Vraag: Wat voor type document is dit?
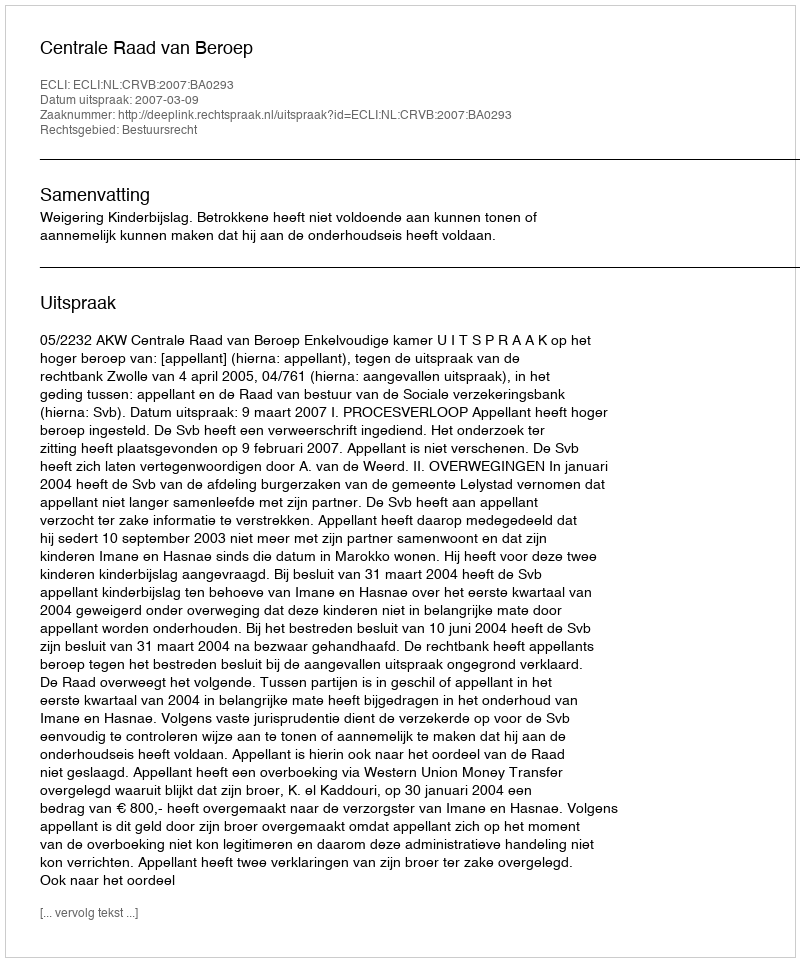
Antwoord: Uitspraak